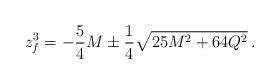
LaTeX: \begin{align*}z_f ^3 = -{5\over4}M \pm {1\over 4} \sqrt{25M^2+64Q^2} \, .\end{align*}